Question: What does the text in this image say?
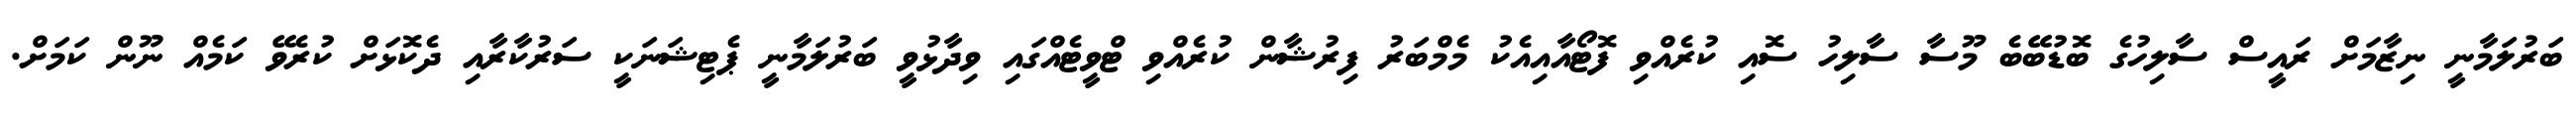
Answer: ބަރުލަމާނީ ނިޒާމަށް ރައީސް ސާލިހުގެ ބޮޑުބޭބެ މޫސާ ސާލިހު ސޮއި ކުރެއްވި ފޮޓޯއާއިއެކު މެމްބަރު ފިރުޝާން ކުރެއްވި ޓްވީޓެއްގައި ވިދާޅުވީ ބަރުލަމާނީ ޕެޓިޝަނަކީ ސަރުކާރާއި ދެކޮޅަށް ކުރެވޭ ކަމެއް ނޫން ކަމަށް.